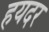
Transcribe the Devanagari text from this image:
हयदर